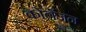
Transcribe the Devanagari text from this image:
कोलॅजन